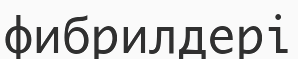
фибрилдері